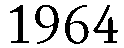
1964